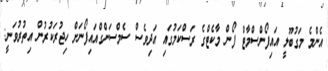
އެންމެ މަގުބޫލީ އައިފޯންސްމާޓް ފޯން މާކެޓްގެ ރަސްކަމުގައި އަދިވެސް ސެމްސަންގްއައިފޯނަށް ހިޖުރަކުރުން އިތުރުވަނީ: